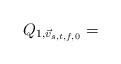
LaTeX: \begin{align*}Q_{1,\vec{v}_{s,t,f,0}} =\end{align*}